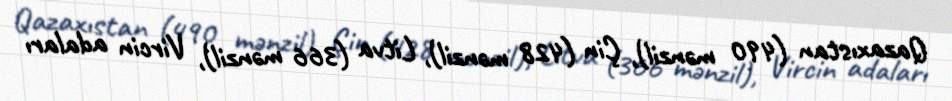
Qazaxıstan (490 mənzil), Çin (428 mənzil), Litva (366 mənzil), Vircin adaları